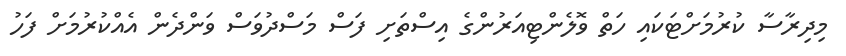
މިދިރާސާ ކުރުމަށްޓަކައި ހަތް ވޮލެންޓިއަރުންގެ އިސްތަށި ފަސް މަސްދުވަސް ވަންދެން އެއްކުރުމަށް ފަހު